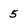
Character: 5